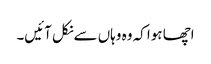
اچھا ہوا کہ وہ وہاں سےنکل آئیں۔